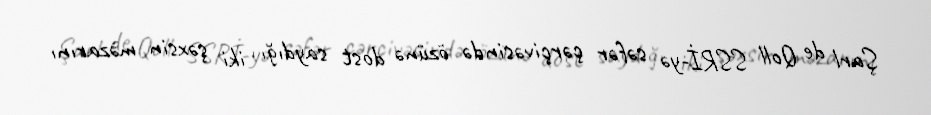
Şarl de Qoll SSRİ-yə səfər çərçivəsində özünə dost saydığı iki şəxsin məzarını